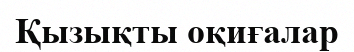
Қызықты оқиғалар